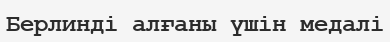
Берлинді алғаны үшін медалі